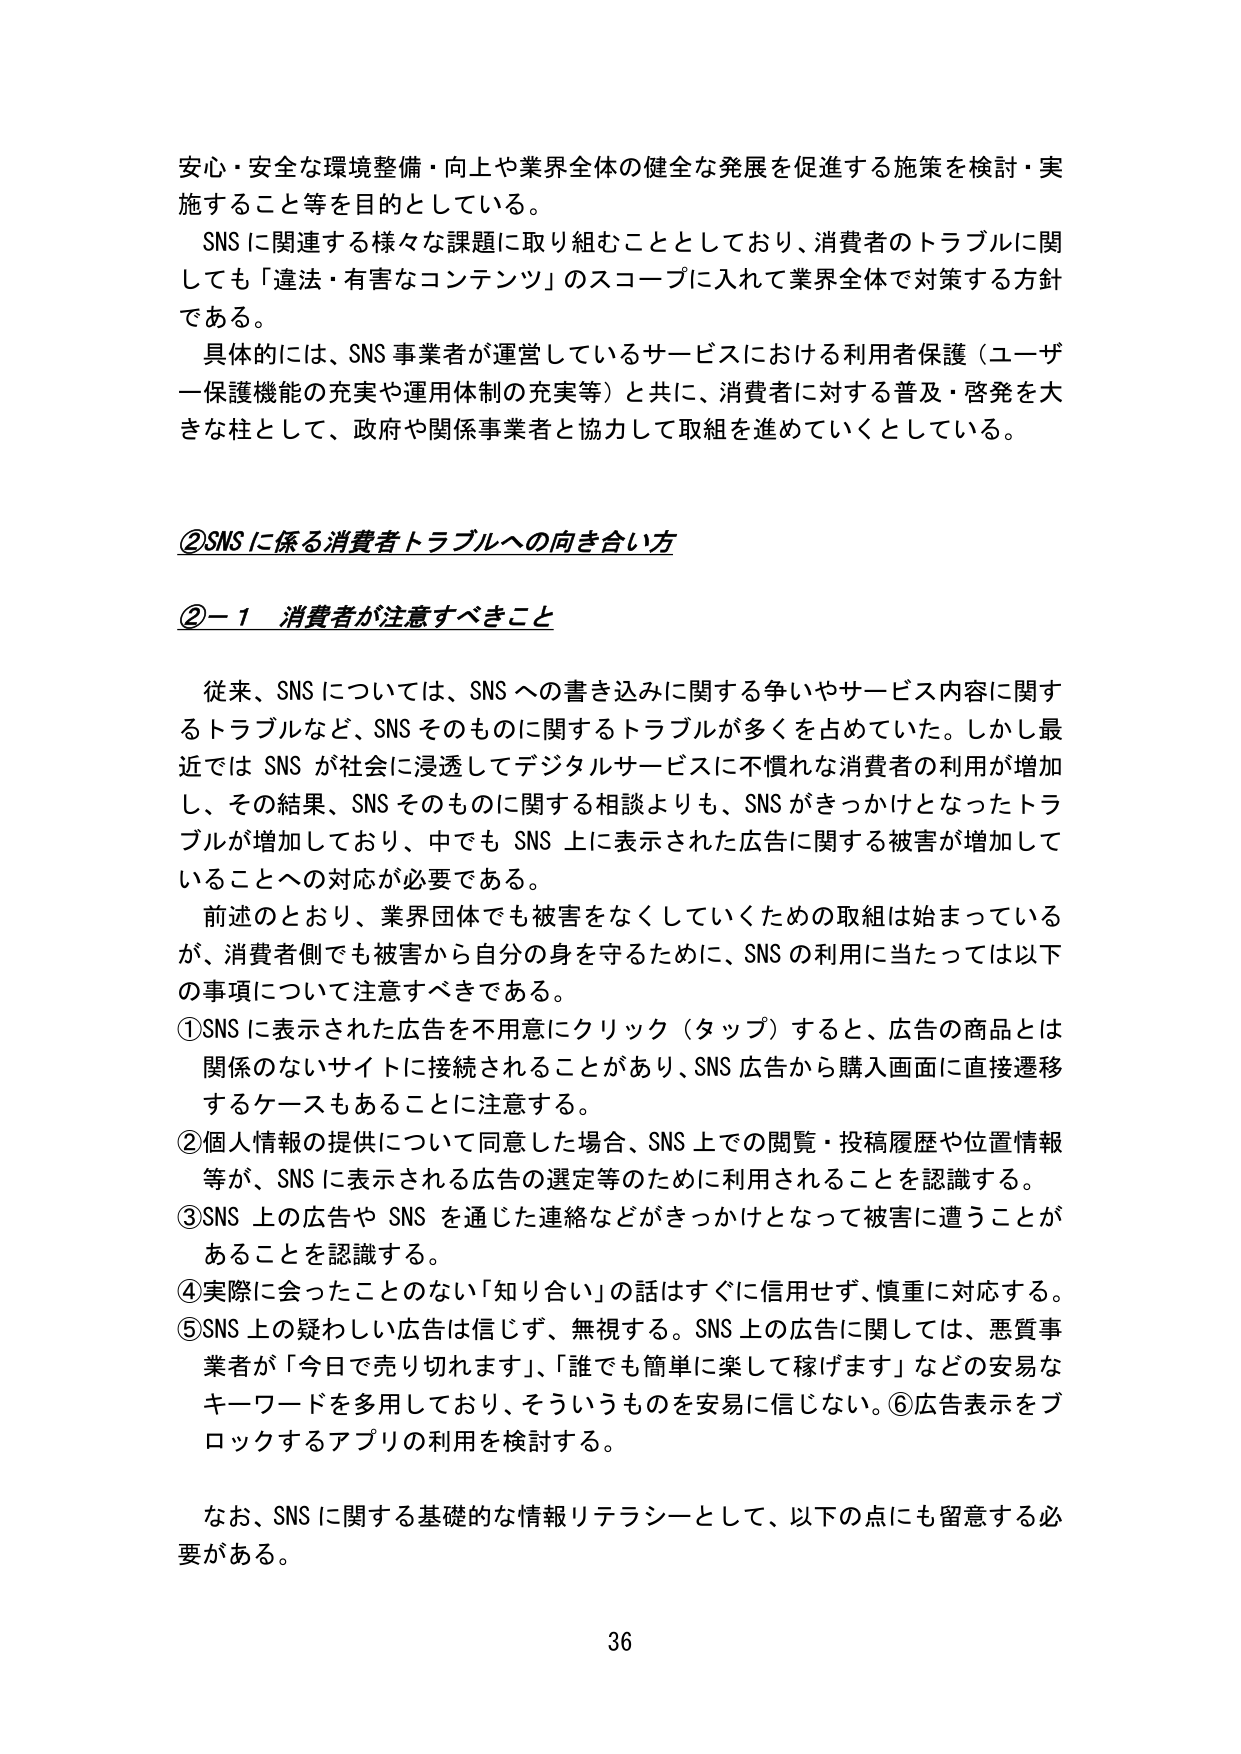
安心・安全な環境整備・向上や業界全体の健全な発展を促進する施策を検討・実施すること等を目的としている。

SNSに関連する様々な課題に取り組むこととしており、消費者のトラブルに関しても「違法・有害なコンテンツ」のスコープに入れて業界全体で対策する方針である。

具体的には、SNS事業者が運営しているサービスにおける利用者保護（ユーザー保護機能の充実や運用体制の充実等）と共に、消費者に対する普及・啓発を大きな柱として、政府や関係事業者と協力して取組を進めていくとしている。

②SNSに係る消費者トラブルへの向き合い方

②－1 消費者が注意すべきこと

従来、SNSについては、SNSへの書き込みに関する争いやサービス内容に関するトラブルなど、SNSそのものに関するトラブルが多くを占めていた。しかし最近ではSNSが社会に浸透してデジタルサービスに不慣れな消費者の利用が増加し、その結果、SNSそのものに関する相談よりも、SNSがきっかけとなったトラブルが増加しており、中でもSNS上に表示された広告に関する被害が増加していることへの対応が必要である。

前述のとおり、業界団体でも被害をなくしていくための取組は始まっているが、消費者側でも被害から自分の身を守るために、SNSの利用に当たっては以下の事項について注意すべきである。

①SNSに表示された広告を不用意にクリック（タップ）すると、広告の商品とは関係のないサイトに接続されることがあり、SNS広告から購入画面に直接遷移するケースもあることに注意する。

②個人情報の提供について同意した場合、SNS上での閲覧・投稿履歴や位置情報等が、SNSに表示される広告の選定等のために利用されることを認識する。

③SNS上の広告やSNSを通じた連絡などがきっかけとなって被害に遭うことがあることを認識する。

④実際に会ったことのない「知り合い」の話はすぐに信用せず、慎重に対応する。

⑤SNS上の疑わしい広告は信じず、無視する。SNS上の広告に関しては、悪質事業者が「今日で売り切れます」、「誰でも簡単に楽して稼げます」などの安易なキーワードを多用しており、そういうものを安易に信じない。⑥広告表示をブロックするアプリの利用を検討する。

なお、SNSに関する基礎的な情報リテラシーとして、以下の点にも留意する必要がある。

36